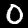
Label: 0